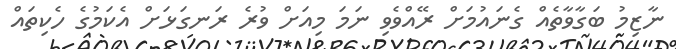
ނާޒިމު ބަގާވާތެއް ގެނައުމަށް ރޭއްވެވި ނަމަ މިއަށް ވުރެ ރަނގަޅަށް އެކަމުގެ ހެކިތައް